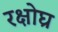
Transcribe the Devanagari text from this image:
रक्षोघ्र